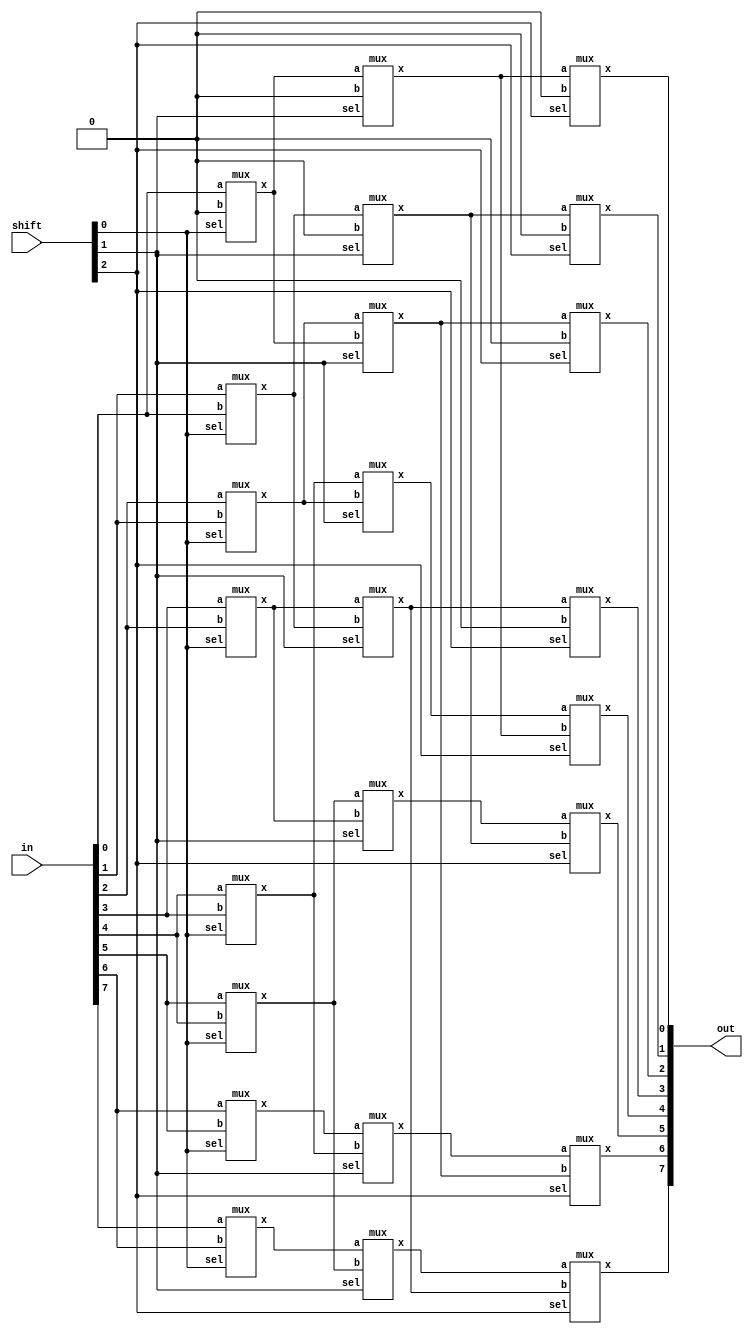
module barrel_shifter_gate(in, shift, out);
input  [7:0] in;
input  [2:0] shift;
output [7:0] out;

/*Write your code here*/
wire [7:0]x1,x2,x3;

mux mux10(.x(x1[0]),.b( 1'b0),.a(in[0]),.sel(shift[0]));
mux mux11(.x(x1[1]),.b(in[0]),.a(in[1]),.sel(shift[0]));
mux mux12(.x(x1[2]),.b(in[1]),.a(in[2]),.sel(shift[0]));
mux mux13(.x(x1[3]),.b(in[2]),.a(in[3]),.sel(shift[0]));
mux mux14(.x(x1[4]),.b(in[3]),.a(in[4]),.sel(shift[0]));
mux mux15(.x(x1[5]),.b(in[4]),.a(in[5]),.sel(shift[0]));
mux mux16(.x(x1[6]),.b(in[5]),.a(in[6]),.sel(shift[0]));
mux mux17(.x(x1[7]),.b(in[6]),.a(in[7]),.sel(shift[0]));

mux mux20(.x(x2[0]),.b( 1'b0),.a(x1[0]),.sel(shift[1]));
mux mux21(.x(x2[1]),.b( 1'b0),.a(x1[1]),.sel(shift[1]));
mux mux22(.x(x2[2]),.b(x1[0]),.a(x1[2]),.sel(shift[1]));
mux mux23(.x(x2[3]),.b(x1[1]),.a(x1[3]),.sel(shift[1]));
mux mux24(.x(x2[4]),.b(x1[2]),.a(x1[4]),.sel(shift[1]));
mux mux25(.x(x2[5]),.b(x1[3]),.a(x1[5]),.sel(shift[1]));
mux mux26(.x(x2[6]),.b(x1[4]),.a(x1[6]),.sel(shift[1]));
mux mux27(.x(x2[7]),.b(x1[5]),.a(x1[7]),.sel(shift[1]));

mux mux30(.x(out[0]),.b( 1'b0),.a(x2[0]),.sel(shift[2]));
mux mux31(.x(out[1]),.b( 1'b0),.a(x2[1]),.sel(shift[2]));
mux mux32(.x(out[2]),.b( 1'b0),.a(x2[2]),.sel(shift[2]));
mux mux33(.x(out[3]),.b( 1'b0),.a(x2[3]),.sel(shift[2]));
mux mux34(.x(out[4]),.b(x2[0]),.a(x2[4]),.sel(shift[2]));
mux mux35(.x(out[5]),.b(x2[1]),.a(x2[5]),.sel(shift[2]));
mux mux36(.x(out[6]),.b(x2[2]),.a(x2[6]),.sel(shift[2]));
mux mux37(.x(out[7]),.b(x2[3]),.a(x2[7]),.sel(shift[2]));

/*End of code*/
endmodule

module mux (x,a,b,sel);
input 	a,b,sel;
output 	x;
wire sel_i,w1,w2;

not #1 n0(sel_i,sel);
and #1 a1(w1,a,sel_i);
and #1 a2(w2,b,sel);
or  #1 o1(x,w1,w2);

	
endmodule